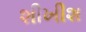
શીખીશ